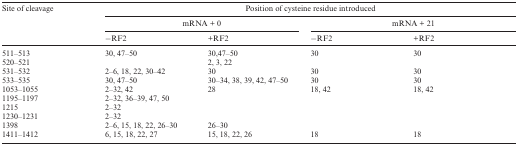
| Site of cleavage | <COLSPAN=4> Position of cysteine residue introduced |
 |  | <COLSPAN=2> mRNA + 0 | <COLSPAN=2> mRNA + 21 |
 |  | −RF2 | +RF2 | −RF2 | +RF2 |
 | --- | --- | --- | --- | --- |
 | 511–513 | 30, 47–50 | 30,47–50 | 30 | 30 |
 | 520–521 |  | 2, 3, 22 |  |  |
 | 531–532 | 2–6, 18, 22, 30–42 | 30 | 30 | 30 |
 | 533–535 | 30, 47–50 | 30–34, 38, 39, 42, 47–50 | 30 | 30 |
 | 1053–1055 | 2–32, 42 | 28 | 18, 42 | 18, 42 |
 | 1195–1197 | 2–32, 36–39, 47, 50 |  |  |  |
 | 1215 | 2–32 |  |  |  |
 | 1230–1231 | 2–32 |  |  |  |
 | 1398 | 2–6, 15, 18, 22, 26–30 | 26–30 |  |  |
 | 1411–1412 | 6, 15, 18, 22, 27 | 15, 18, 22, 26 | 18 | 18 |